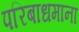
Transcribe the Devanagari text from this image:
परिबाधमाना